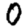
Digit: 0